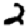
Digit: 2